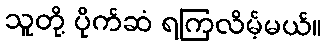
သူတို့ ပိုက်ဆံ ရကြလိမ့်မယ်။